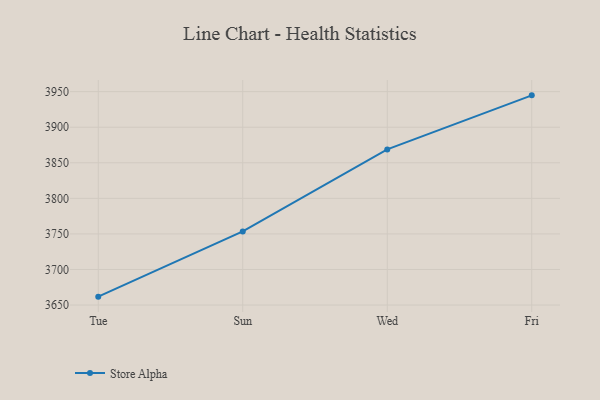
{"axis": {"x": "Day", "y": "Energy Usage (MWh)"}, "legend": ["Store Alpha"], "data": [{"x": "Tue", "y": 3661.8, "type": "Store Alpha"}, {"x": "Sun", "y": 3753.5, "type": "Store Alpha"}, {"x": "Wed", "y": 3868.8, "type": "Store Alpha"}, {"x": "Fri", "y": 3944.8, "type": "Store Alpha"}]}